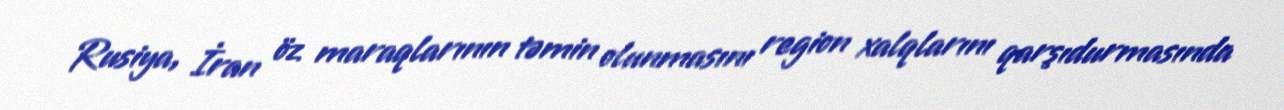
Rusiya, İran öz maraqlarının təmin olunmasını region xalqlarını qarşıdurmasında